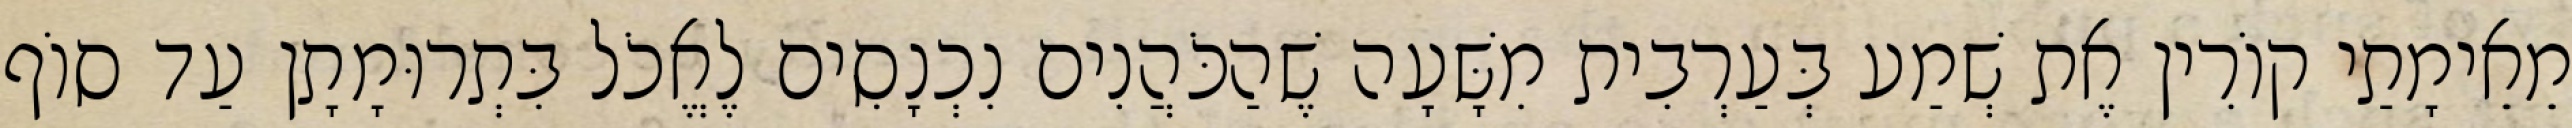
מֵאֵימָתַי קוֹרִין אֶת שְׁמַע בְּעַרְבִית מִשָּׁעָה שֶׁהַכֹּהֲנִים נִכְנָסִים לֶאֱכֹל בִּתְרוּמָתָן עַד סוֹף